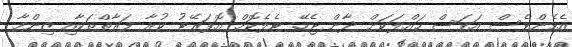
އެހެންވެސް އަވަސް ހައްލަކަށް ދާން ޖެހޭ. ޓެލެކޮމް އޮޕަރޭޓު ކުރާ ފަރާތްތަކާއި ޒިންމާ